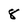
Character: 8